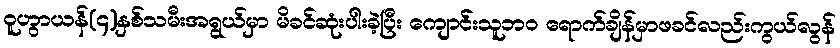
ဝူဟွာယန်(၄)နှစ်သမီးအရွယ်မှာ မိခင်ဆုံးပါးခဲ့ပြီး ကျောင်းသူဘဝ ရောက်ချိန်မှာဖခင်လည်းကွယ်လွန်